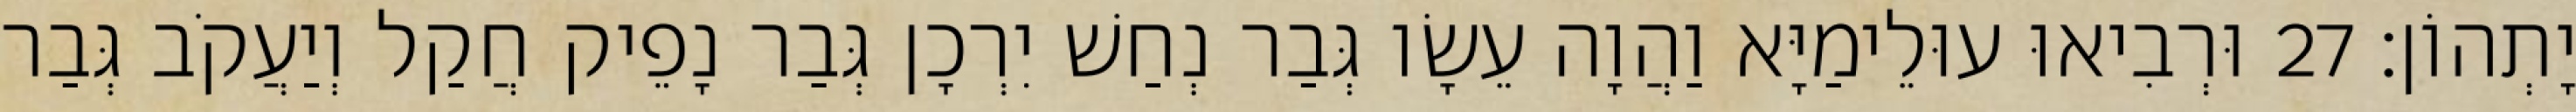
יָתְהוֹן׃ 27 וּרְבִיאוּ עוּלֵימַיָּא וַהֲוָה עֵשָׂו גְּבַר נְחַשׁ יִרְכָן גְּבַר נָפֵיק חֲקַל וְיַעֲקֹב גְּבַר